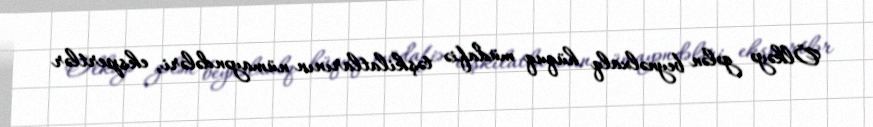
Ölkəyə gələn beynəlxalq hüquq müdafiə təşkilatlarının nümayəndələri, ekspertlər